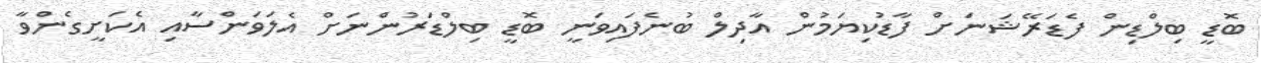
ބޮޑީ ބިލްޑިން ފެޑަރޭޝަނަށް ފާޑުކިޔަމުން އާދިލް ބުނެފައިވަނީ ބޮޑީ ބިލްޑަރުންނަށް އެލަވަންސާއި އެކަށީގެންވާ